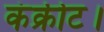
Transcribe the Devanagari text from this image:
कंक्रीट।